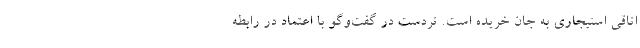
اتاقی استیجاری به جان خریده است. تردست در گفت‌وگو با اعتماد در رابطه